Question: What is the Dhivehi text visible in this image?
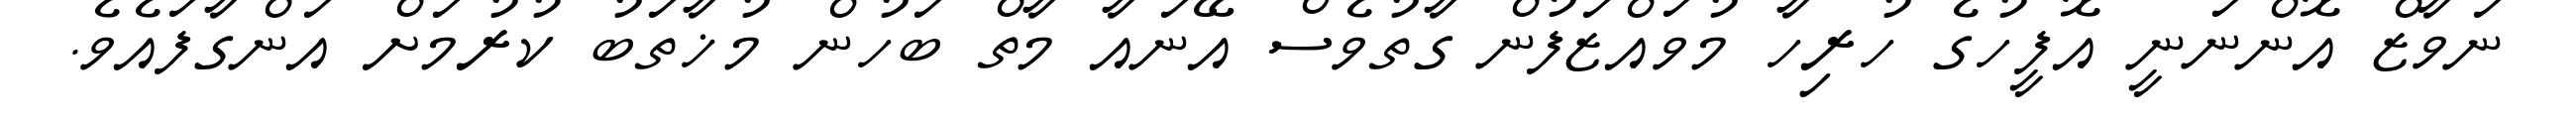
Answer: ނަވާޒް އޮންނަނީ އޮފީހުގެ ހުރިހާ މުވައްޒަފުން ގާތުވެސް އޭނައާ މާތް ބަހުން މުޚާތަބު ކުރުމަށް އަންގާފައެވެ.